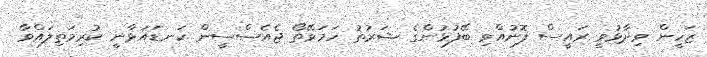
ޒަހީން ވިދާޅުވީ ރައީސް ފޮނުއްވި ބޭފުޅުންގެ ޝަރުތު ހަމަވޭތޯ ޖެއެސްސީން ކަނޑައަޅާނީ ކުރިމަތިލައްވާ